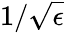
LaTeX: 1/\sqrt\epsilon